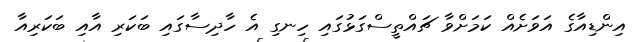
އިންޑިއާގެ އަވަށެއް ކަމަށްވާ ޗައްތީސްގަޅުގައި ހިނގި އެ ހާދިސާގައި ބަކަރި އާއި ބަކަރިއާ